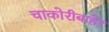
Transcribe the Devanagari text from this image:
चाकोरीबाहेर